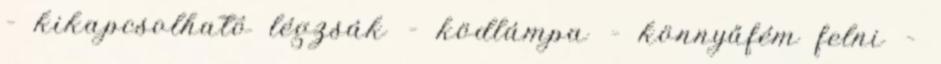
– kikapcsolható légzsák – ködlámpa – könnyűfém felni –